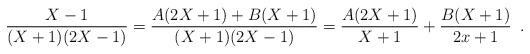
LaTeX: \begin{align*}\frac{X-1}{(X+1)(2X-1)} = \frac{A(2X+1) + B(X+1)}{(X+1)(2X-1)} = \frac{A(2X+1)}{X+1} + \frac{B(X+1)}{2x+1} \enspace .\end{align*}